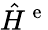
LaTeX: \hat{H}^{\mathrm{~e~}}